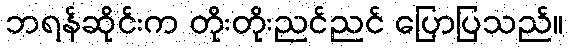
ဘရန်ဆိုင်းက တိုးတိုးညင်ညင် ပြောပြသည်။